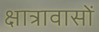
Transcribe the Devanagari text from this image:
क्षात्रावासों